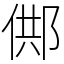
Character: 䣏